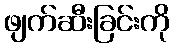
ဖျက်ဆီးခြင်းကို